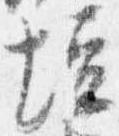
壇